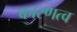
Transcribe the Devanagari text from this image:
कारणत्व